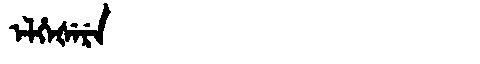
Manchu: ᡝᠯᡥᡝᡧᡝᡵᡝ
Romanization: ELHEŠERE